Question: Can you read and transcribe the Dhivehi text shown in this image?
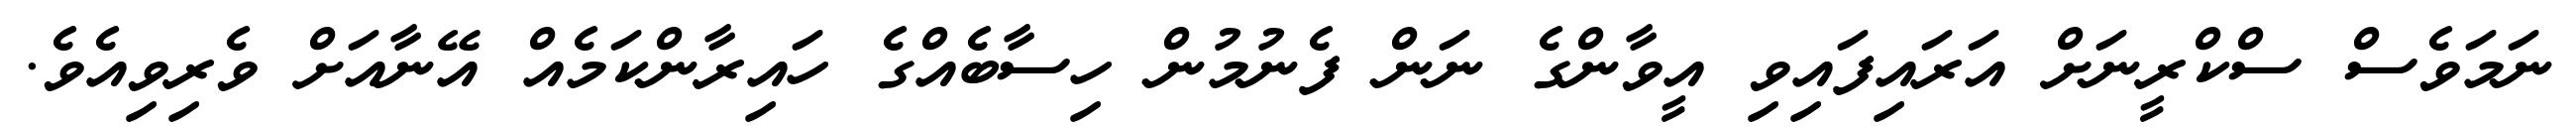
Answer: ނަމަވެސް ސްކްރީނަށް އަރައިފައިވި އީވާންގެ ނަން ފެނުމުން ހިސާބެއްގެ ހައިރާންކަމެއް އޭނާއަށް ވެރިވިއެވެ.